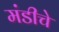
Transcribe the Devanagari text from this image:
मंडीचे